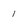
Character: 1